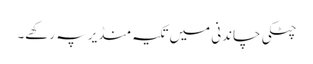
چٹکی چاندنی میں تکیہ منڈیر پہ رکھے۔